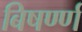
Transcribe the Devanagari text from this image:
बिषर्ण्ण